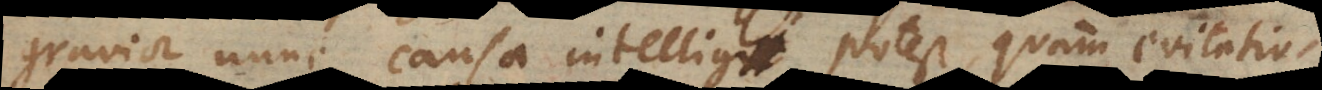
gravior nunc causa intelligi potest quam evitatio